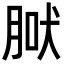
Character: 𦜀